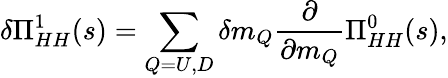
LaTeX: \delta\Pi_{HH}^{1}(s)=\sum_{Q=U,D}\delta m_{Q}{\frac{\partial}{\partial m_{Q}}}\Pi_{HH}^{0}(s),